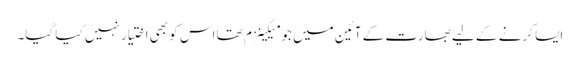
ایسا کرنے کے لیے بھارت کے آئین میں جو میکینزم تھا اس کو بھی اختیار نہیں کیا گیا۔